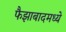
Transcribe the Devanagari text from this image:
फैझाबादमध्ये